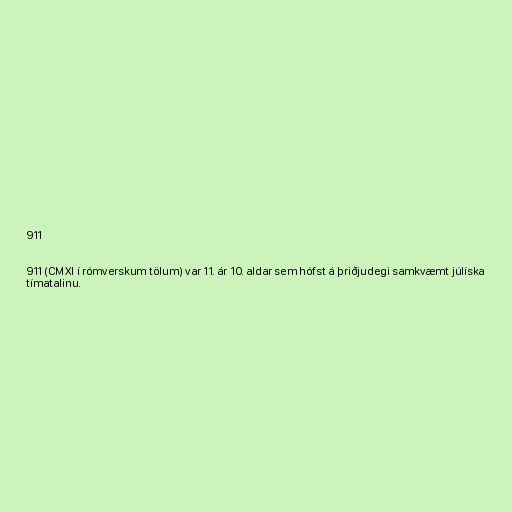
911

911 (CMXI í rómverskum tölum) var 11. ár 10. aldar sem hófst á þriðjudegi samkvæmt júlíska
tímatalinu.